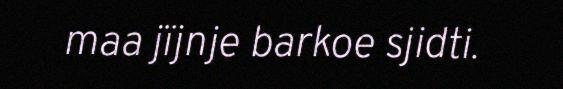
maa jïjnje barkoe sjidti.